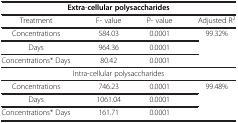
<table><thead><tr><td colspan="4"><b>Extra-cellular polysaccharides</b></td></tr></thead><tbody><tr><td>Treatment</td><td>F- value</td><td>P- value</td><td>Adjusted R<sup>2</sup></td></tr><tr><td>Concentrations</td><td>584.03</td><td>0.0001</td><td rowspan="3">99.32%</td></tr><tr><td>Days</td><td>964.36</td><td>0.0001</td></tr><tr><td>Concentrations* Days</td><td>80.42</td><td>0.0001</td></tr><tr><td colspan="4">Intra-cellular polysaccharides</td></tr><tr><td>Concentrations</td><td>746.23</td><td>0.0001</td><td rowspan="3">99.48%</td></tr><tr><td>Days</td><td>1061.04</td><td>0.0001</td></tr><tr><td>Concentrations* Days</td><td>161.71</td><td>0.0001</td></tr></tbody></table>